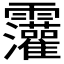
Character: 𫕷